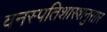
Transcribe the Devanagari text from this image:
वनस्पतिशास्त्रानुसार